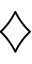
\diamondsuit